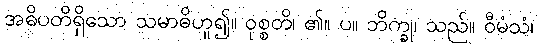
အဓိပတိရှိသော သမာဓိဟူ၍။ ဝုစ္စတိ၊ ၏။ ပ။ ဘိက္ခု၊ သည်။ ဝီမံသံ၊